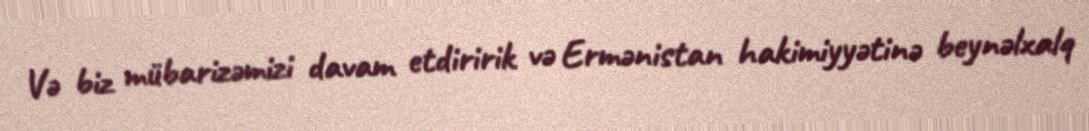
Və biz mübarizəmizi davam etdiririk və Ermənistan hakimiyyətinə beynəlxalq